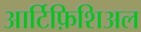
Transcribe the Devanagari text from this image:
आर्टिफ़िशिअल